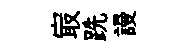
㝡跣謾